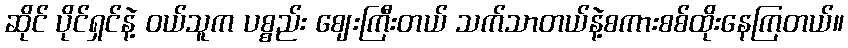
ဆိုင် ပိုင်ရှင်နဲ့ ဝယ်သူက ပစ္စည်း ဈေးကြီးတယ် သက်သာတယ်နဲ့စကားစစ်ထိုးနေကြတယ်။